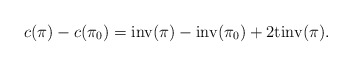
\begin{align*}c(\pi)-c(\pi_0)={\rm inv}(\pi)-{\rm inv}(\pi_0)+2{\rm tinv}(\pi).\end{align*}